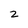
Character: 2